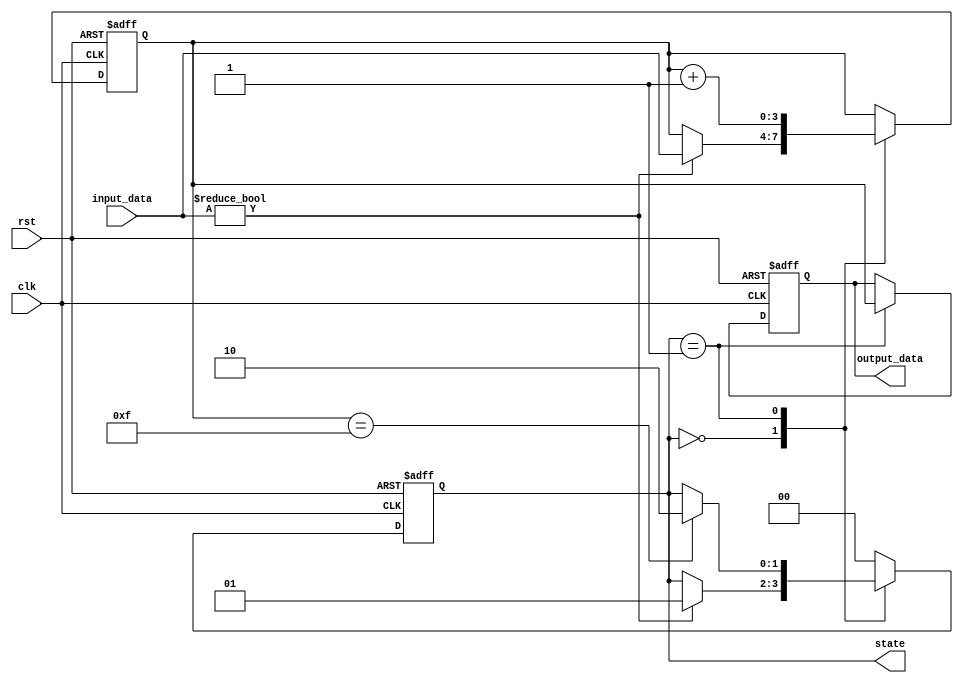
module ClockCycleInitialization (
    input wire clk,              // Clock signal
    input wire rst,              // Reset signal
    input wire [3:0] input_data, // Sample input data
    output reg [3:0] output_data, // Sample output data
    output reg [1:0] state       // State of the FSM
);

// Define states for the FSM
localparam STATE_IDLE = 2'b00;
localparam STATE_PROCESS = 2'b01;
localparam STATE_DONE = 2'b10;

// Internal variables
reg [3:0] internal_counter;

// Sequential logic for clock cycle behavior
always @(posedge clk or posedge rst) begin
    if (rst) begin
        // Initialization logic on reset
        internal_counter <= 4'b0000;
        output_data <= 4'b0000;
        state <= STATE_IDLE;
    end else begin
        // Clock cycle operation
        case (state)
            STATE_IDLE: begin
                // In idle state, wait for input data
                if (input_data != 4'b0000) begin
                    internal_counter <= input_data; // Load input data
                    state <= STATE_PROCESS;         // Transition to process state
                end
            end
            
            STATE_PROCESS: begin
                // Process data (example: increment the counter)
                internal_counter <= internal_counter + 1;
                output_data <= internal_counter; // Update output data
                if (internal_counter == 4'b1111) begin
                    state <= STATE_DONE;           // Transition to done state
                end
            end
            
            STATE_DONE: begin
                // In done state, reset or hold output
                // Here we can decide to reset or go back to idle
                state <= STATE_IDLE; // Transition back to idle for new input
            end
            
            default: begin
                // Default case to handle unexpected states
                state <= STATE_IDLE;
            end
        endcase
    end
end

endmodule